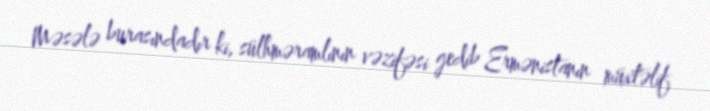
Məsələ burasındadır ki, sülhməramlının vəzifəsi gedib Ermənistanın müxtəlif